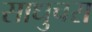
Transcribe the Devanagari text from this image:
साधुचरा